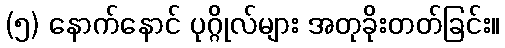
(၅) နောက်နောင် ပုဂ္ဂိုလ်များ အတုခိုးတတ်ခြင်း။